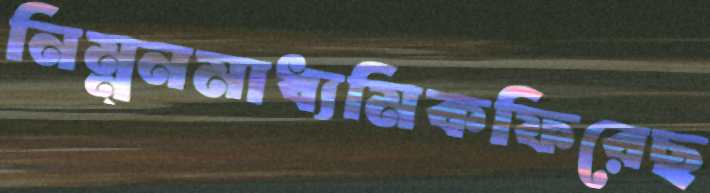
নিম্ন্নমাধ্যমিকফিরেছ